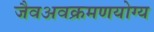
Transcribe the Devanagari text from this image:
जैवअवक्रमणयोग्य